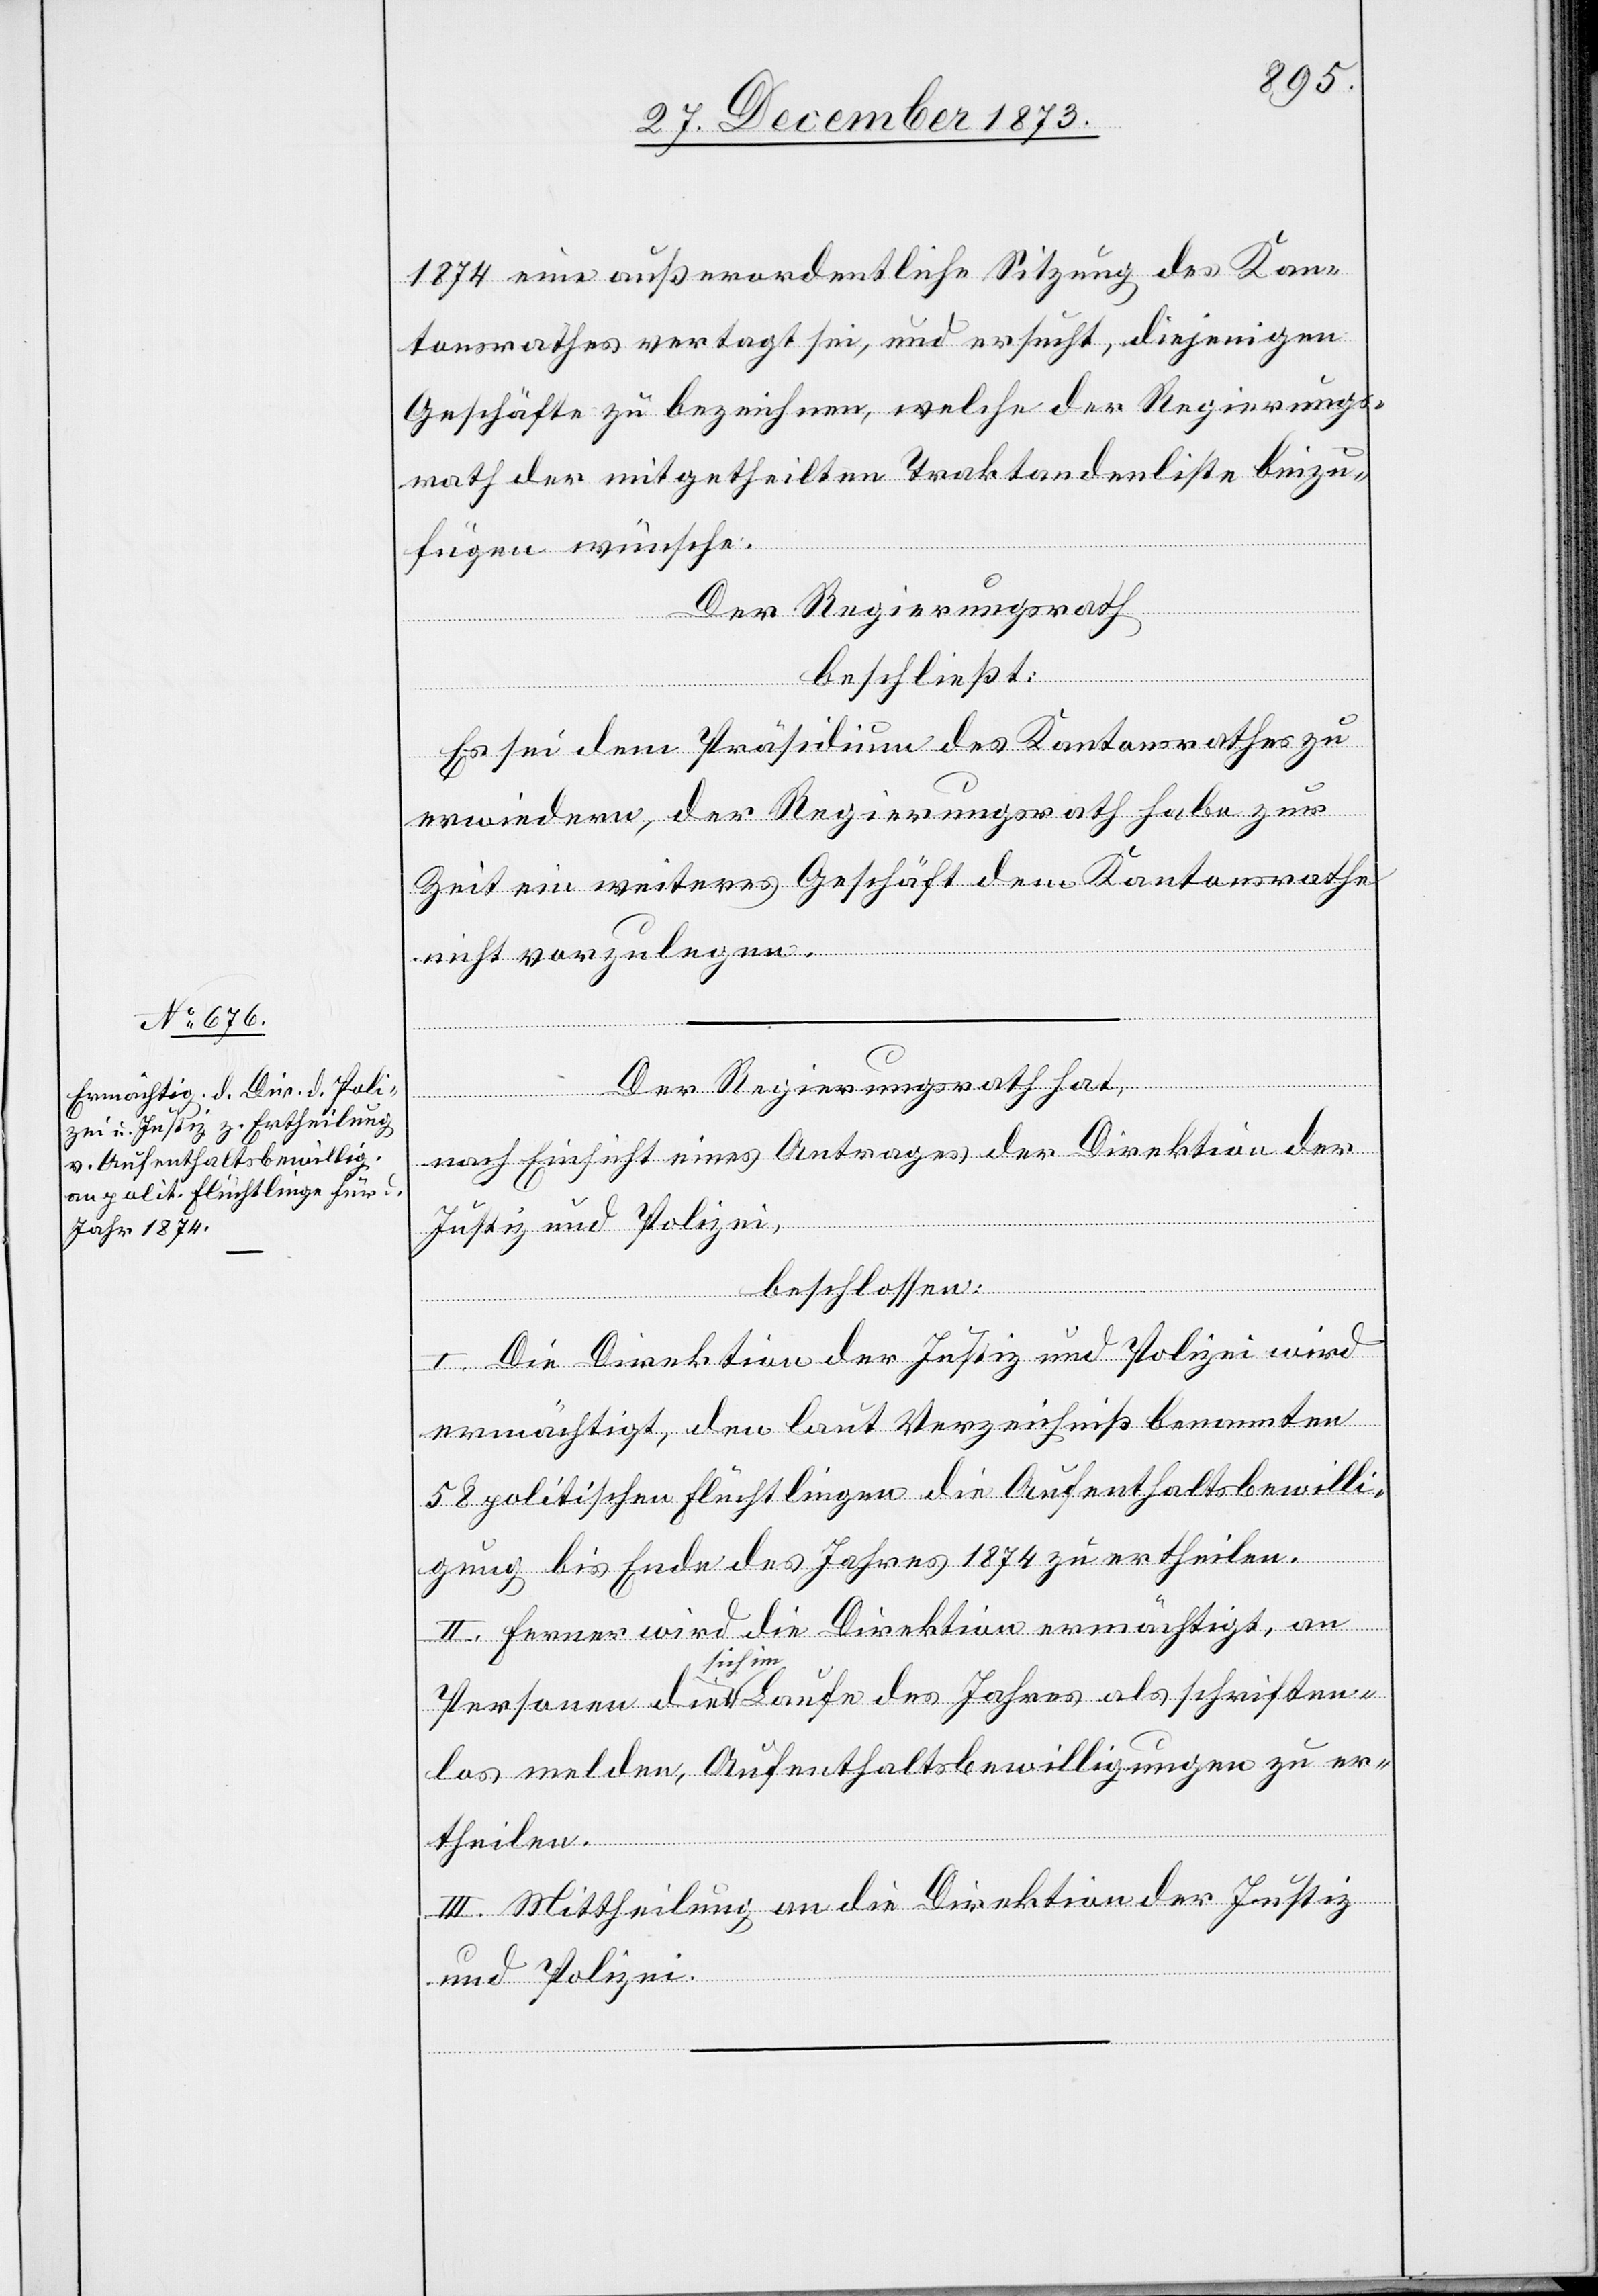
1874 eine außerordentliche Sitzung des Kan¬
tonsrathes vertagt sei, und ersucht, diejenigen
Geschäfte zu bezeichnen, welche der Regierungs¬
rath der mitgetheilten Traktandenliste beizu¬
fügen wünsche.
Der Regierungsrath
beschließt:
Es sei dem Präsidium des Kantonsrathes zu
erwiedern, der Regierungsrath habe zur
Zeit ein weiteres Geschäft dem Kantonsrathe
nicht vorzulegen.
Der Regierungsrath hat,
nach Einsicht eines Antrages der Direktion der
Justiz und Polizei,
beschlossen:
I. Die Direktion der Justiz und Polizei wird
ermächtigt, den laut Verzeichniß benannten
58 politischen Flüchtlingen die Aufenthaltsbewilli¬
gung bis Ende des Jahres 1874 zu ertheilen.
II. Ferner wird die Direktion ermächtigt, an
Personen die sich im Laufe des Jahres als schriften¬
los melden, Aufenthaltsbewilligungen zu er¬
theilen.
III. Mittheilung an die Direktion der Justiz
und Polizei.